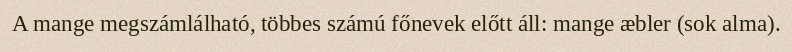
A mange megszámlálható, többes számú főnevek előtt áll: mange æbler (sok alma).